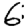
Digit: 6